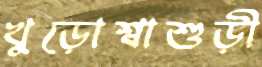
খুড়োশ্বাশুড়ী